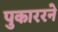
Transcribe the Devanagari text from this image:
पुकाररने